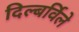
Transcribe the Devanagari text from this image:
दिल्बर्विले